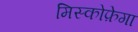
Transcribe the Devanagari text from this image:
मिस्कोफ़ेगा